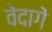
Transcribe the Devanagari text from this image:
वेदागें